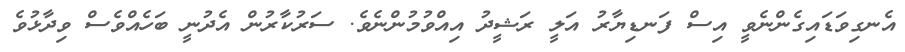
އެނގިވަޑައިގެންނެވީ އިސް ފަނޑިޔާރު އަލީ ރަޝީދު އިއްވުމުންނެވެ. ސަރުކާރުން އެދުނީ ބަހެއްވެސް ވިދާޅުވެ